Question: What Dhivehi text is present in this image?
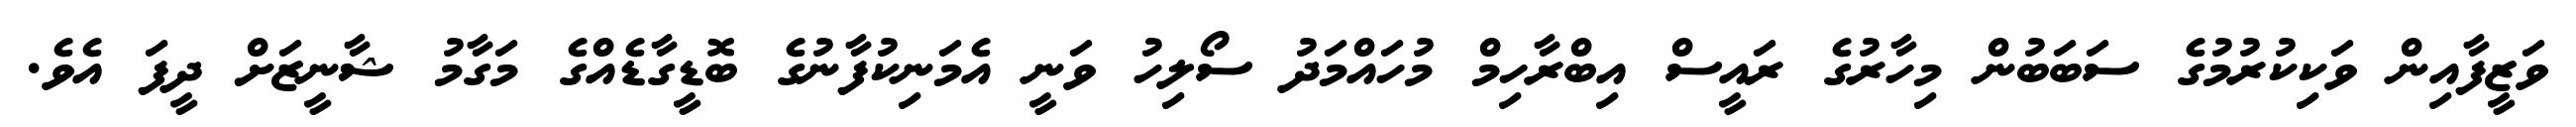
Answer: ވަޒީފާއިން ވަކިކުރުމުގެ ސަބަބުން މިހާރުގެ ރައީސް އިބްރާހިމް މުހައްމަދު ސޯލިހު ވަނީ އެމަނިކުފާނުގެ ބޮޑީގާޑެއްގެ މަގާމު ޝާނީޒަށް ދީފަ އެވެ.